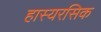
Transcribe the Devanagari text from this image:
हास्यरसिक